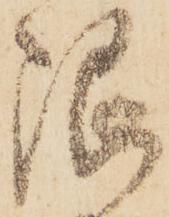
限